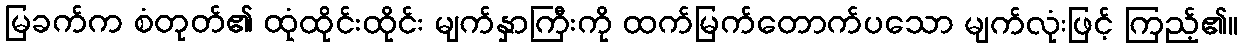
မြခက်က စံတုတ်၏ ထုံထိုင်းထိုင်း မျက်နှာကြီးကို ထက်မြက်တောက်ပသော မျက်လုံးဖြင့် ကြည့်၏။